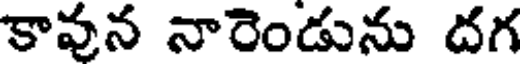
కావున నారెండును దగ